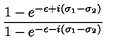
\frac { 1 - e ^ { - \epsilon + i ( \sigma _ { 1 } - \sigma _ { 2 } ) } } { 1 - e ^ { - \epsilon - i ( \sigma _ { 1 } - \sigma _ { 2 } ) } }